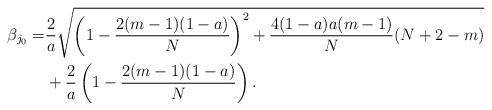
LaTeX: \begin{align*}\beta_{j_0} = &\frac{2}{a} \sqrt{\left( 1 - \frac{2(m-1)(1-a)}{N} \right)^2 + \frac{4(1-a)a(m-1)}{N} (N+2-m)}\\&+ \frac{2}{a} \left( 1 - \frac{2(m-1)(1-a)}{N} \right).\end{align*}